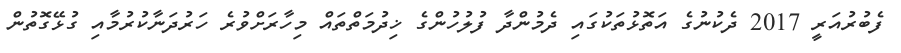
ފެބުރުއަރީ 2017 ދެކުނުގެ އަތޮޅުތަކުގައި ދެމުންދާ ފުލުހުންގެ ޚިދުމަތްތައް މިހާރަށްވުރެ ހަރުދަނާކުރުމާއި ގުޅޭގޮތުން